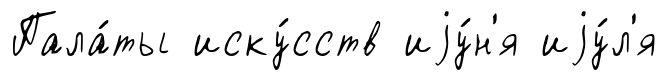
Пала́ты иску́сств иjу́н'я иjу́л'я